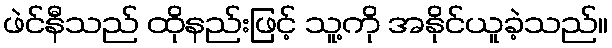
ဖဲင်နီသည် ထိုနည်းဖြင့် သူ့ကို အနိုင်ယူခဲ့သည်။